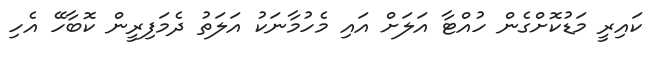
ކައިރީ މަޑުކޮށްގެން ހުއްޓާ އަލަށް އައި މެހުމާނަކު އަލަތު ދެމަފިރީން ކޮބާހޭ އެހި